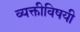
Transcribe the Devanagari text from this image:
व्यक्तीविषयी